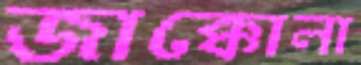
জাক্কোলা